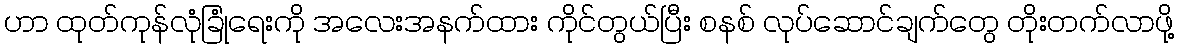
ဟာ ထုတ်ကုန်လုံခြုံရေးကို အလေးအနက်ထား ကိုင်တွယ်ပြီး စနစ် လုပ်ဆောင်ချက်တွေ တိုးတက်လာဖို့